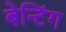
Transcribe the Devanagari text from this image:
बेन्टिंग